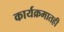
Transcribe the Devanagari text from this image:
कार्यक्रमातही